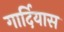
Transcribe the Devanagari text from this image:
गार्दियास